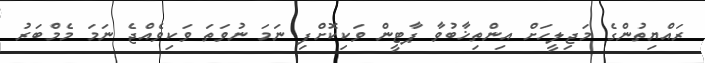
ރައްޔިތުންގެ މަޖިލީހަށް އިންތިޚާބުވާ ޕާޓީން ވަކިކޮށްފި ނަމަ ނުވަތަ ވަކިވެއްޖެ ނަމަ މެމްބަރު